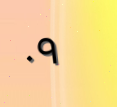
٠٩